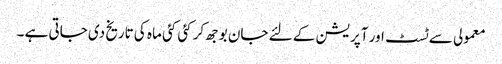
معمولی سے ٹسٹ اور آپریشن کے لئے جان بوجھ کر کئی کئی ماہ کی تاریخ دی جاتی ہے ۔